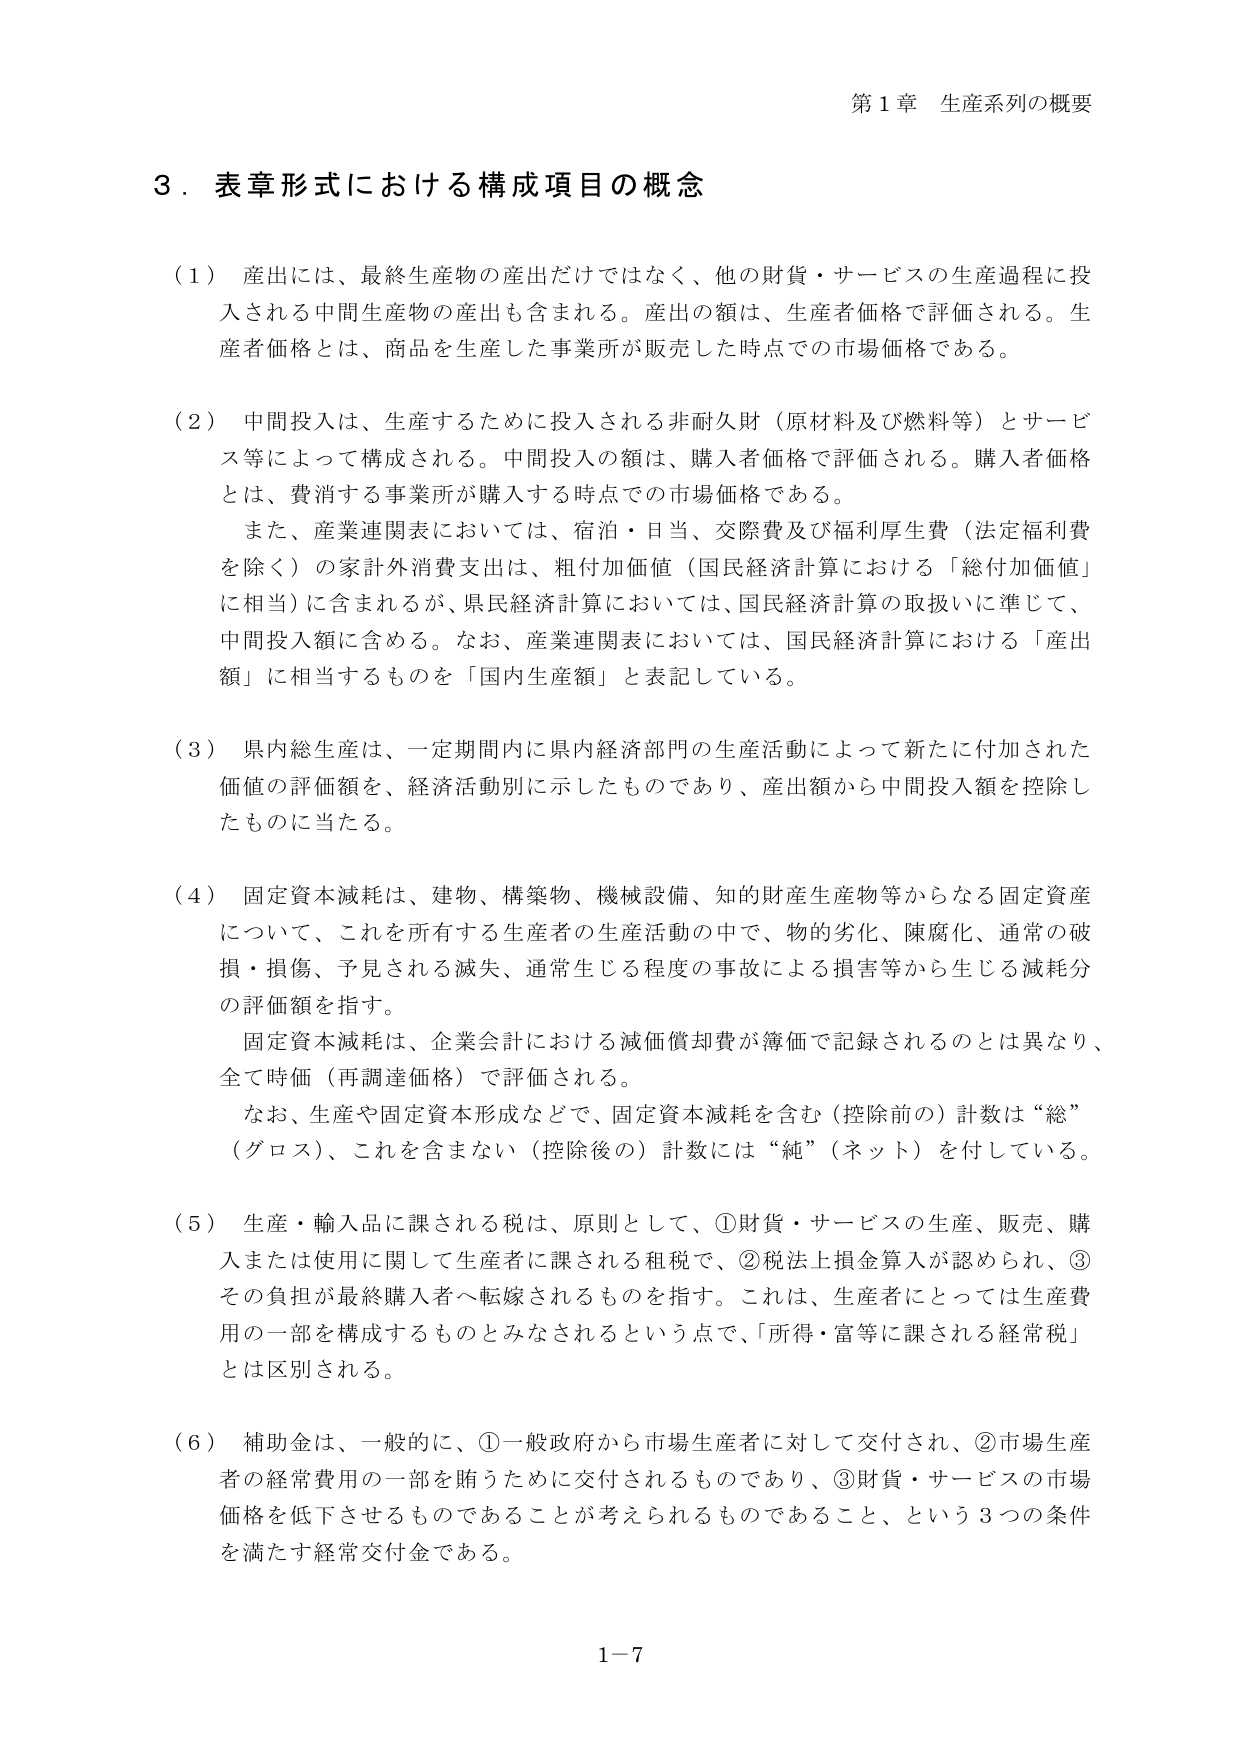
第１章 生産系列の概要

３．表章形式における構成項目の概念

（１）産出には、最終生産物の産出だけではなく、他の財貨・サービスの生産過程に投入される中間生産物の産出も含まれる。産出の額は、生産者価格で評価される。生産者価格とは、商品を生産した事業所が販売した時点での市場価格である。

（２）中間投入は、生産するために投入される非耐久財（原材料及び燃料等）とサービス等によって構成される。中間投入の額は、購入者価格で評価される。購入者価格とは、費消する事業所が購入する時点での市場価格である。

また、産業連関表においては、宿泊・日当、交際費及び福利厚生費（法定福利費を除く）の家計外消費支出は、粗付加価値（国民経済計算における「総付加価値」に相当）に含まれるが、県民経済計算においては、国民経済計算の取扱いに準じて、中間投入額に含める。なお、産業連関表においては、国民経済計算における「産出額」に相当するものを「国内生産額」と表記している。

（３）県内総生産は、一定期間内に県内経済部門の生産活動によって新たに付加された価値の評価額を、経済活動別に示したものであり、産出額から中間投入額を控除したものに当たる。

（４）固定資本減耗は、建物、構築物、機械設備、知的財産生産物等からなる固定資産について、これを所有する生産者の生産活動の中で、物的劣化、陳腐化、通常の破損・損傷、予見される減失、通常生じる程度の事故による損害等から生じる減耗分の評価額を指す。

固定資本減耗は、企業会計における減価償却費が簿価で記録されるのとは異なり、全て時価（再調達価格）で評価される。

なお、生産や固定資本形成などで、固定資本減耗を含む（控除前の）計数は“総”（グロス）、これを含まない（控除後の）計数には“純”（ネット）を付している。

（５）生産・輸入品に課される税は、原則として、①財貨・サービスの生産、販売、購入または使用に関して生産者に課される租税で、②税法上損金算入が認められ、③その負担が最終購入者へ転嫁されるものを指す。これは、生産者にとっては生産費用の一部を構成するものとみなされるという点で、「所得・富等に課される経常税」とは区別される。

（６）補助金は、一般的に、①一般政府から市場生産者に対して交付され、②市場生産者の経常費用の一部を賄うために交付されるものであり、③財貨・サービスの市場価格を低下させるものであることが考えられるものであること、という３つの条件を満たす経常交付金である。

1－7